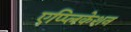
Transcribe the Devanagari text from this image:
एप्प्लिकेशन